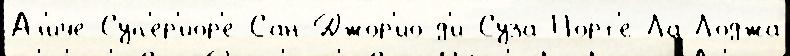
Ал'иче-Суп'ер'иор'е Сан-Джор'ио-д'и-Суза По́рт'е Ла-Лоджа